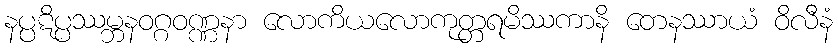
နပ္ပဋိပ္ပဿမ္ဘနဝဂ္ဂဝဏ္ဏနာ လောကိယလောကုတ္တရမိဿကာနိ တေနဿာယံ ဝိလီနံ